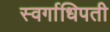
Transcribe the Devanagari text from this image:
स्वर्गाधिपती